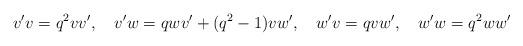
LaTeX: \begin{align*}v'v=q^2vv',\quad v'w=qwv'+(q^2-1)vw',\quad w'v=qvw',\quad w'w=q^2ww'\end{align*}